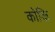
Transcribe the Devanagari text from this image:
कोकि